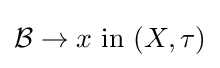
{\mathcal {B}}\to x{\text{ in }}(X,\tau )